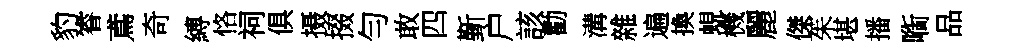
豹睿鳶奇縛恪祠俱摄掇勻敢四斳户該勸溝雜遍換蜆機麗傑茱堪播㗸品